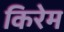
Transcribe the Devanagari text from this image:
किरेम